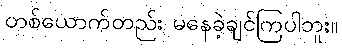
တစ်ယောက်တည်း မနေခဲ့ချင်ကြပါဘူး။